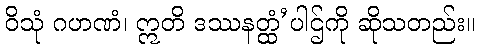
ဝိသုံ ဂဟဏံ၊ ဣတိ ဒဿနတ္ထံ’ပါဌ်ကို ဆိုသတည်း။